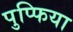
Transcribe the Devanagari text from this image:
पुप्फिया